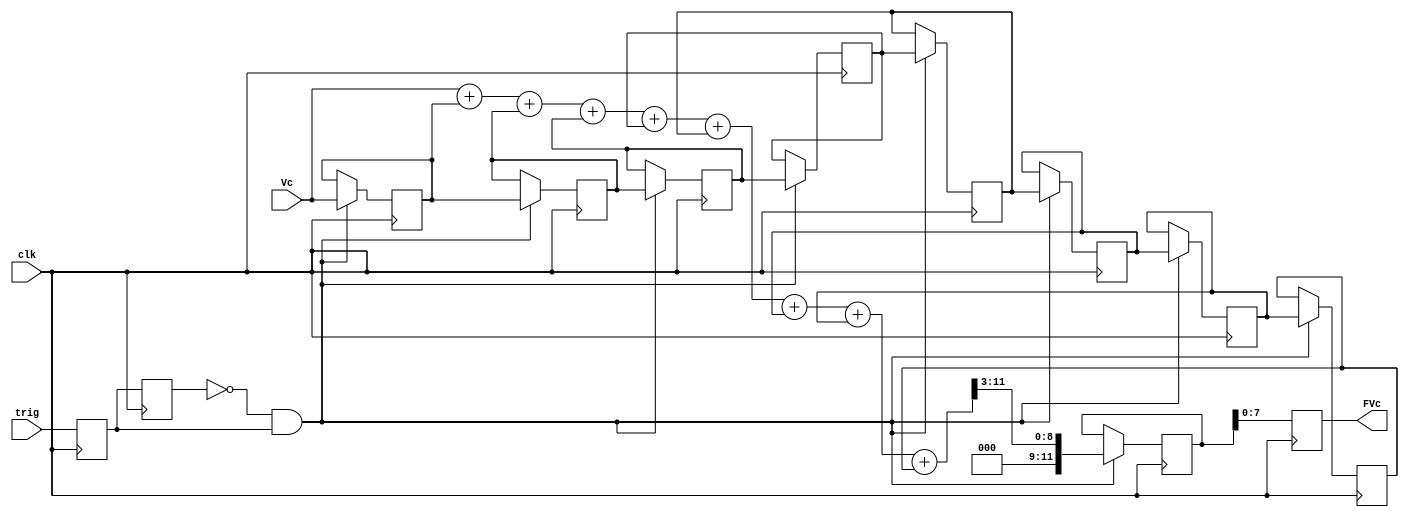
`timescale 1ns / 1ps
//////////////////////////////////////////////////////////////////////////////////
// Company: 
// Engineer: 
// 
// Design Name: 
// Module Name:    prom 
// Project Name: 
// Target Devices: 
// Tool versions: 
// Description: 
//
// Dependencies: 
//
// Revision: 
// Revision 0.01 - File Created
// Additional Comments: 
//
//////////////////////////////////////////////////////////////////////////////////
module prom(
input [7:0]Vc,
input clk,
output reg [7:0]FVc,
input trig
    );

reg [7:0]Vc1,Vc2,Vc3,Vc4,Vc5,Vc6,Vc7,Vc8;
reg bo1,bo2;
wire ntrig;
reg[11:0] temp_vc;

always@(posedge clk) bo1<=trig;
always@(posedge clk) bo2<=bo1;
assign ntrig = !bo2&&bo1;

always@(posedge clk)
FVc <= temp_vc[7:0];

always@(posedge clk)
if(ntrig)
temp_vc <=((Vc+Vc1+Vc2+Vc3+Vc4+Vc5+Vc6+Vc7+Vc8)>>3);

always@(posedge clk) 
if(ntrig) Vc1<=Vc;
else Vc1 <= Vc1;

always@(posedge clk) 
if(ntrig) Vc2<=Vc1;
else Vc2 <= Vc2;

always@(posedge clk) 
if(ntrig) Vc3<=Vc2;
else Vc3 <= Vc3;

always@(posedge clk) 
if(ntrig) Vc4<=Vc3;
else Vc4 <= Vc4;

always@(posedge clk) 
if(ntrig) Vc5<=Vc4;
else Vc5 <= Vc5;

always@(posedge clk) 
if(ntrig) Vc6<=Vc5;
else Vc6 <= Vc6;

always@(posedge clk) 
if(ntrig) Vc7<=Vc6;
else Vc7 <= Vc7;

always@(posedge clk) 
if(ntrig) Vc8<=Vc7;
else Vc8 <= Vc8;




endmodule